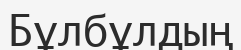
Бұлбұлдың